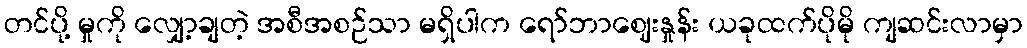
တင်ပို့ မှုကို လျှော့ချတဲ့ အစီအစဉ်သာ မရှိပါက ရော်ဘာဈေးနှုန်း ယခုထက်ပိုမို ကျဆင်းလာမှာ